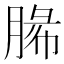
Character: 𦜼